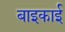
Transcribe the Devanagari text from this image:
बाइकाई